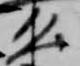
公